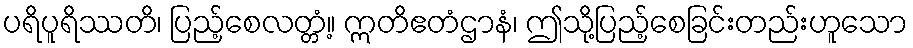
ပရိပူရိဿတိ၊ ပြည့်စေလတ္တံ့။ ဣတိဧတံဌာနံ၊ ဤသို့ပြည့်စေခြင်းတည်းဟူသော